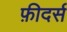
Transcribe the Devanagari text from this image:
फ़ीदर्स